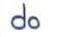
do